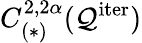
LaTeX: C_{(*)}^{2,2\alpha}(\mathcal{Q}^{\mathrm{iter}})